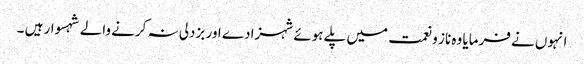
انہوں نے فرمایا وہ ناز و نعمت میں پلے ہوئے شہزادے اور بزدلی نہ کرنے والے شہسوار ہیں ۔